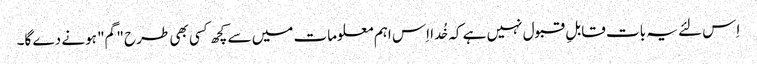
اِس لئے یہ بات قابلِ قبول نہیں ہے کہ خُدا اِس اہم معلومات میں سے کچھ کسی بھی طرح "گم" ہونے دے گا۔